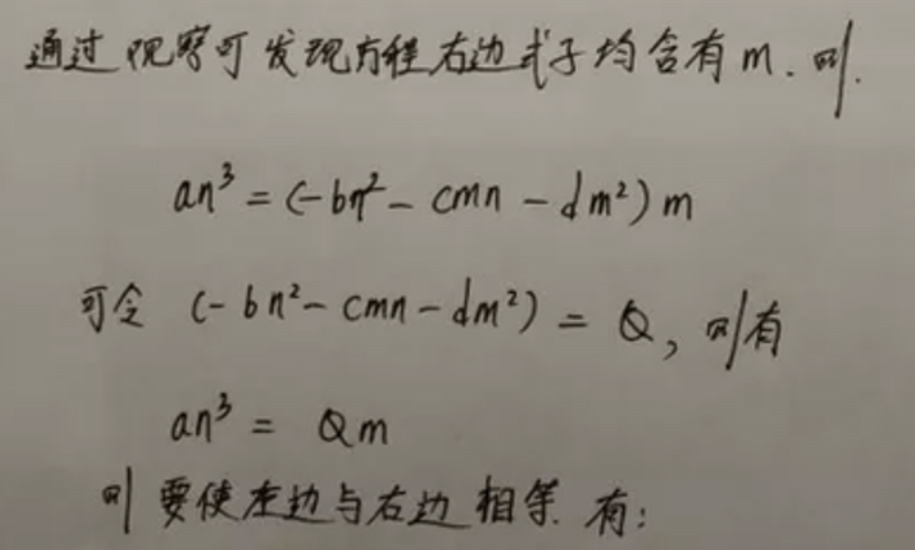
通过观察可发现方程右边式子均含有 \(m\)，即
\[
an^{3}=(-bn^{2}-cmn - dm^{2})m
\]
可令 \((-bn^{2}-cmn - dm^{2}) = Q\)，则有
\[
an^{3}=Qm
\]
则要使左边与右边相等，有：